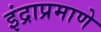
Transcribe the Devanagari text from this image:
इंद्राप्रमाणे